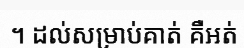
។ ដល់សម្រាប់គាត់ គឺអត់